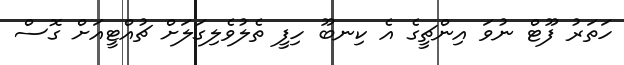
ހަތަރު ފޫޓް ނުވަ އިންޗީގެ އެ ކިނބޫ ހިފީ ތެލުވެލިގަލަށް ޗުއްޓީއަށް ގޮސް